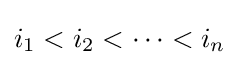
i_{1}<i_{2}<\cdots <i_{n}